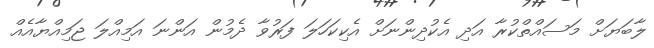
ލާބަޔަށް މަސައްތްކުރާ އަދި އެކުދިންނަށް އެކިކަހަލަ ފަރުވާ ދެމުން އަންނަ އަމިއްލަ ޖަމިއްޔާއެއް